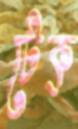
টেক্‌